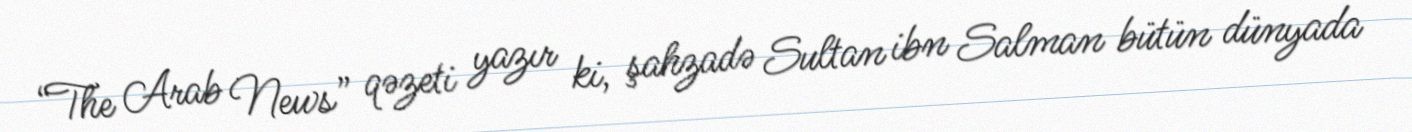
“The Arab News” qəzeti yazır ki, şahzadə Sultan ibn Salman bütün dünyada